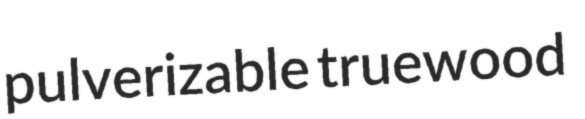
pulverizable truewood